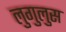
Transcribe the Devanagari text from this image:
लुगुलुस